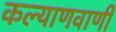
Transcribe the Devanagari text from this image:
कल्याणवाणी